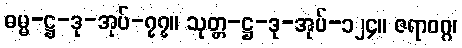
ဓမ္မ-ဋ္ဌ-ဒု-အုပ်-၇၇။ သုတ္တ-ဋ္ဌ-ဒု-အုပ်-၁၂၄။ ဇရာဝဂ္ဂ၊